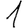
Digit: 1